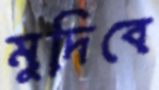
মুদিবে